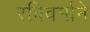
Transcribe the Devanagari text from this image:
रविवर्माने